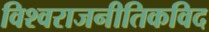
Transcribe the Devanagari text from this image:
विश्वराजनीतिकविद